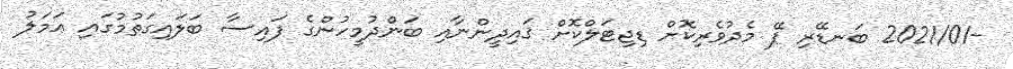
-2021/01 ބަނޑޭރި ޕޭ މެދުވެރިކޮށް ޑިޖިޓަލްކޮށް ޤައިދީންނާއި ބަންދުމީހުންގެ ފައިސާ ބަލައިގަތުމުގައި ޢަމަލު